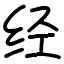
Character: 经